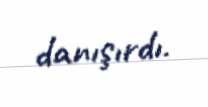
danışırdı.